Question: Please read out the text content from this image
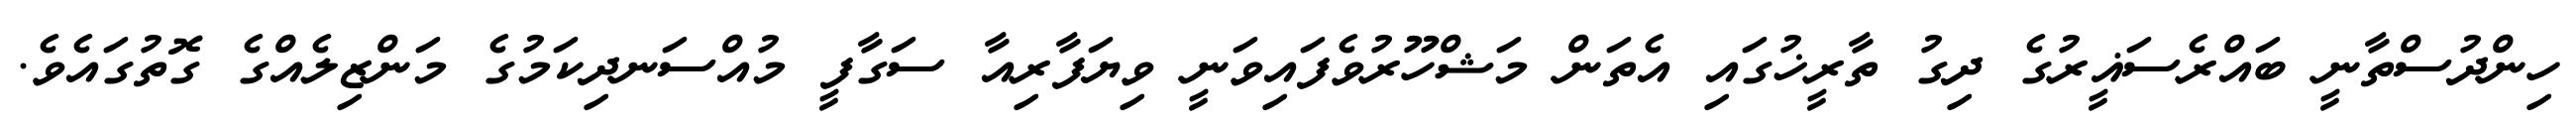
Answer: ހިންދުސްތާނީ ބައްރެސަޣީރުގެ ދިގު ތާރީޚުގައި އެތަން މަޝްހޫރުވެފައިވަނީ ވިޔަފާރިއާ ސަގާފީ މުއްސަނދިކަމުގެ މަންޒިލެއްގެ ގޮތުގައެވެ.